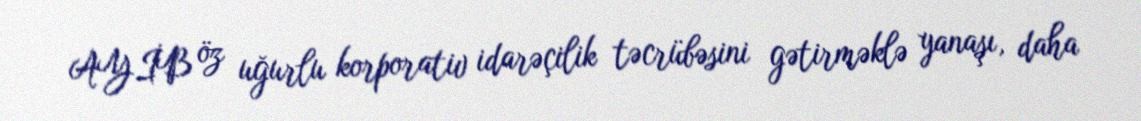
AYİB öz uğurlu korporativ idarəçilik təcrübəsini gətirməklə yanaşı, daha